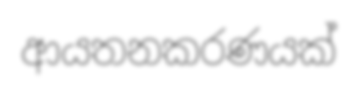
ආයතනකරණයක්